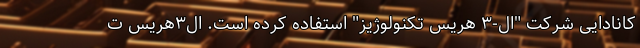
کانادایی شرکت ‌"ال-۳ هریس تکنولوژیز" استفاده کرده است. ال۳‌هریس ت